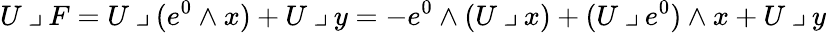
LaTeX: U\mathbin{\lrcorner}F=U\mathbin{\lrcorner}(e^{0}\wedge x)+U\mathbin{\lrcorner}y=-e^{0}\wedge(U\mathbin{\lrcorner}x)+(U\mathbin{\lrcorner}e^{0})\wedge x+U\mathbin{\lrcorner}y